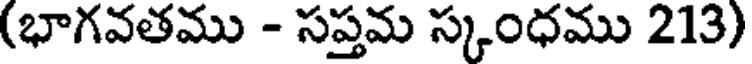
(భాగవతము - సప్తమ స్కంధము 213)